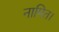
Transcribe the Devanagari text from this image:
नामित।